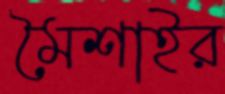
মৈশাইর